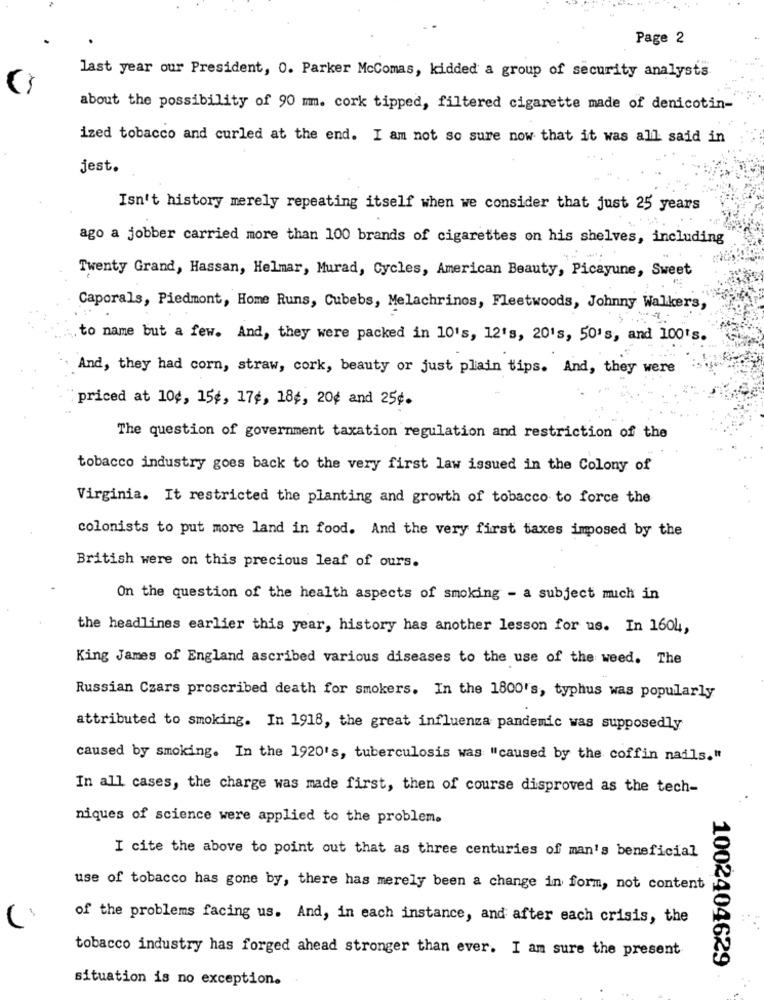
Page 2
last year our President, 0. Parker McComas, kidded a group of security analysts
about the possibility of 90 mm. cork tipped, filtered cigarette made of denicotin-
ized tobacco and curled at the end. I am not so sure now that it was all said in
jest.
Isn't history merely repeating itself when we consider that just 25 years
ago a jobber carried more than 100 brands of cigarettes on his shelves, including
Twenty Grand, Hassan, Helmar, Murad, Cycles, American Beauty, Picayune, Sweet
Caporals, Piedmont, Home Runs, Cubebs, Melachrinos, Fleetwoods, Johnny Walkers,
, to name but a few. And, they were packed in 10's, 12's, 20's, 50's, and 100's.
And, they had corn, straw, cork, beauty or just plain tips. And, they were
priced at 10¢, 15¢, 17¢, 184, 20¢ and 25¢.
The question of government taxation regulation and restriction of the
tobacco industry goes back to the very first law issued in the Colony of
Virginia. It restricted the planting and growth of tobacco to force the
colonists to put more land in food. And the very first taxes imposed by the
British were on this precious leaf of ours.
On the question of the health aspects of smoking - a subject mich in
the headlines earlier this year, history has another lesson for us. In 1604,
King James of England ascribed various diseases to the use of the weed. The
Russian Czars proscribed death for smokers. In the 1800's, typhus was popularly
attributed to smoking. In 1918, the great influenza pandemic was supposedly
caused by smoking. In the 1920's, tuberculosis was "caused by the coffin nails."
In all cases, the charge was made first, then of course disproved as the tech-
niques of science were applied to the problem.
I cite the above to point out that as three centuries of man's beneficial
use of tobacco has gone by, there has merely been a change in form, not content
of the problems facing us. And, in each instance, and after each crisis, the
tobacco industry has forged ahead stronger than ever. I am sure the present
1002404629
situation is no exception.